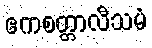
ဧကစတ္တာလီသမံ